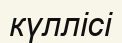
күллісі